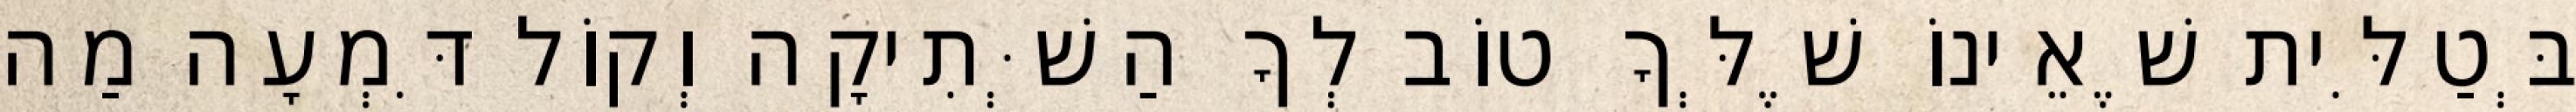
בְּטַלִּית שֶׁאֵינוֹ שֶׁלְּךָ טוֹב לְךָ הַשְּׁתִיקָה וְקוֹל דִּמְעָה מַה